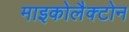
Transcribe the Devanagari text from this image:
माइकोलैक्टोन